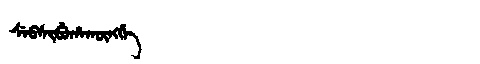
Manchu: ᠰᡝᠪᠰᡳᠪᡠᡥᠠᡴᡡᠩᡤᡝ
Romanization: SEBSIBUHAKŪNGGE